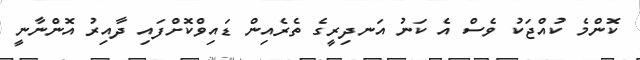
ކޮންމެ ކުއްޖަކު ވެސް އެ ކަނު އަނދިރީގެ ތެރެއިން ޑައިވްކޮށްފައި ދާއިރު އޮންނާނީ